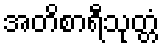
အတိစာရီသုတ္တံ